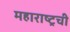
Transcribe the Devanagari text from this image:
महाराष्ट्रची